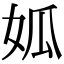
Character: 𡜁